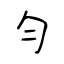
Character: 勻